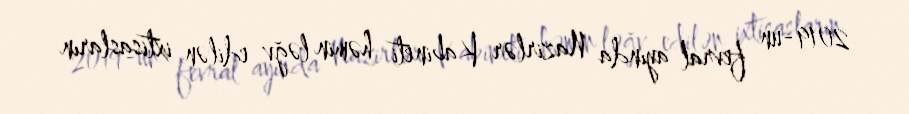
2019-un fevral ayında Nazirlər Kabineti həmin ləğv edilən ixtisasların